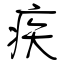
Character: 疾